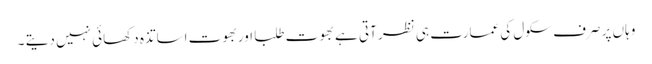
وہاں پر صرف سکول کی عمارت ہی نظر آتی ہے بھوت طلبا اوربھوت اساتذہ دکھائی نہیں دیتے ۔